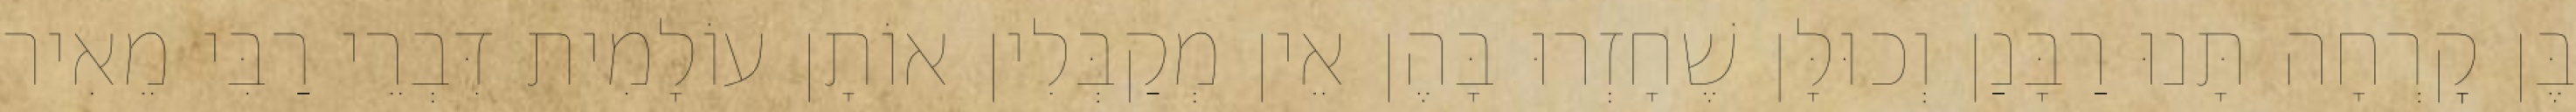
בֶּן קׇרְחָה תָּנוּ רַבָּנַן וְכוּלָּן שֶׁחָזְרוּ בָּהֶן אֵין מְקַבְּלִין אוֹתָן עוֹלָמִית דִּבְרֵי רַבִּי מֵאִיר